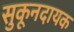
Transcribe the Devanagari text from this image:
सुकूनदायक